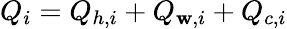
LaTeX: Q_{i}=Q_{h,i}+Q_{\mathbf{w},i}+Q_{c,i}